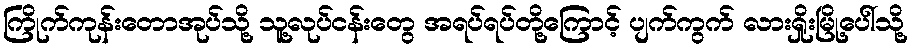
ကြိုက်ကုန်းတောအုပ်သို့ သူ့လုပ်ငန်းတွေ အရပ်ရပ်တို့ကြောင့် ပျက်ကွက် လားရှိုးမြို့ပေါ်သို့